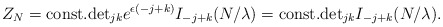
\begin{align*}Z_{N}={\rm const.}{\rm det}_{jk}e^{\epsilon(-j+k)}I_{-j+k}(N/\lambda)={\rm const.}{\rm det}_{jk}I_{-j+k}(N/\lambda).\end{align*}